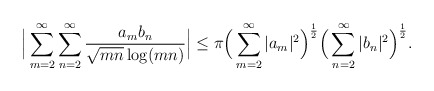
\begin{align*} \Big|\sum_{m=2}^\infty\sum_{n=2}^\infty \frac{a_m b_n}{\sqrt{mn}\log(mn)}\Big|\leq \pi\Big(\sum_{m=2}^\infty |a_m|^2\Big)^\frac{1}{2}\Big(\sum_{n=2}^\infty |b_n|^2\Big)^\frac{1}{2}.\end{align*}